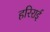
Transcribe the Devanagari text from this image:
हरिराई